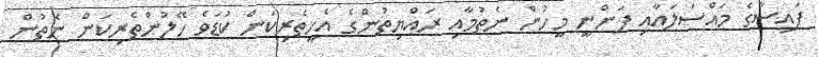
ފައިސާގެ މައްސަލައާއި ފަންނީ މީހުން ނެތުމާއި ރައްޔިތުންގެ އެހީތެރިކަން ކުޑަވެ ހޭލުންތެރިކަން ނެތުން